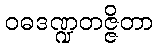
ဝဓဒဏ္ဍတဇ္ဇိတာ